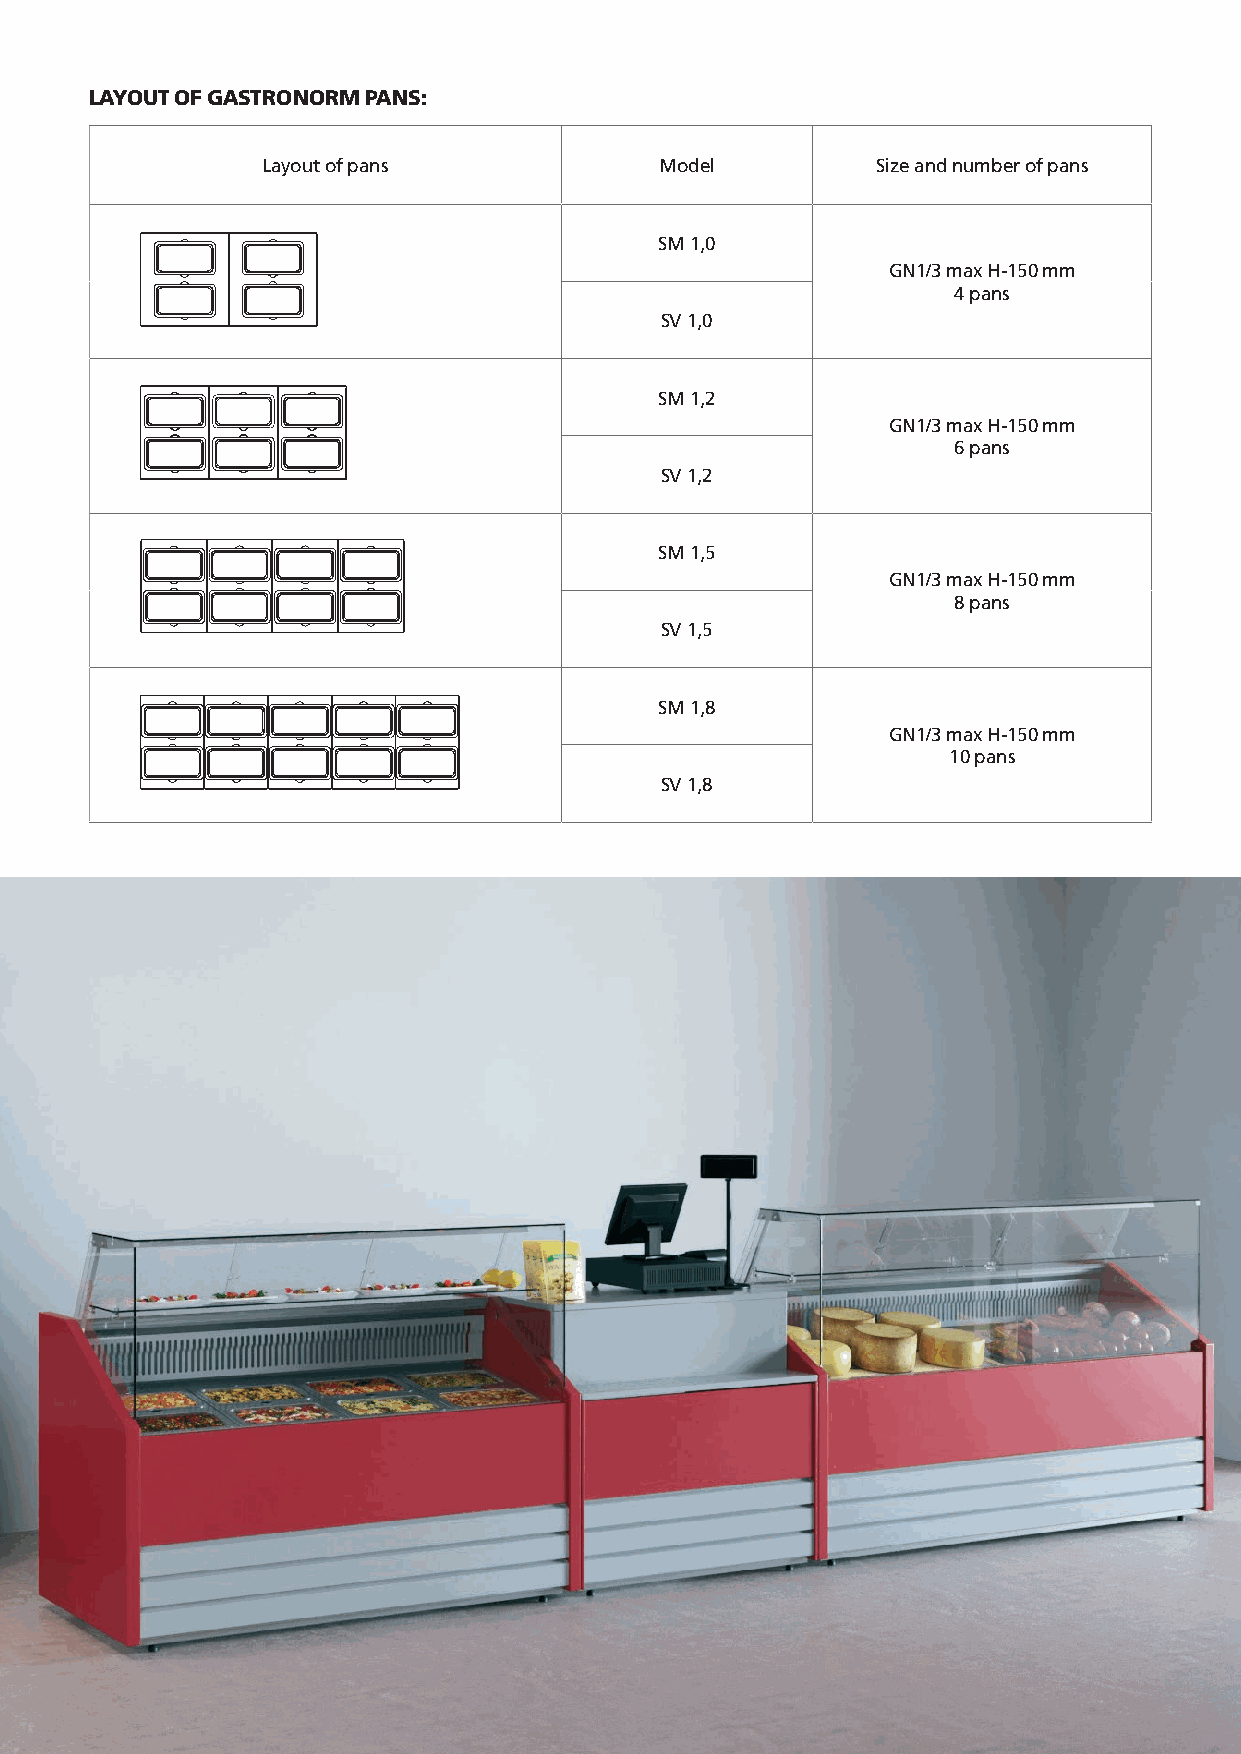
LAYOUT OF GASTRONORM PANS:
 Layout of pans             Model         Size and number of pans
 SM 1,0
 GN1/3 max H-150 mm
 4 pans
 SV 1,0
 SM 1,2
 GN1/3 max H-150 mm
 6 pans
 SV 1,2
 SM 1,5
 GN1/3 max H-150 mm
 8 pans
 SV 1,5
 SM 1,8
 GN1/3 max H-150 mm
 10 pans
 SV 1,8